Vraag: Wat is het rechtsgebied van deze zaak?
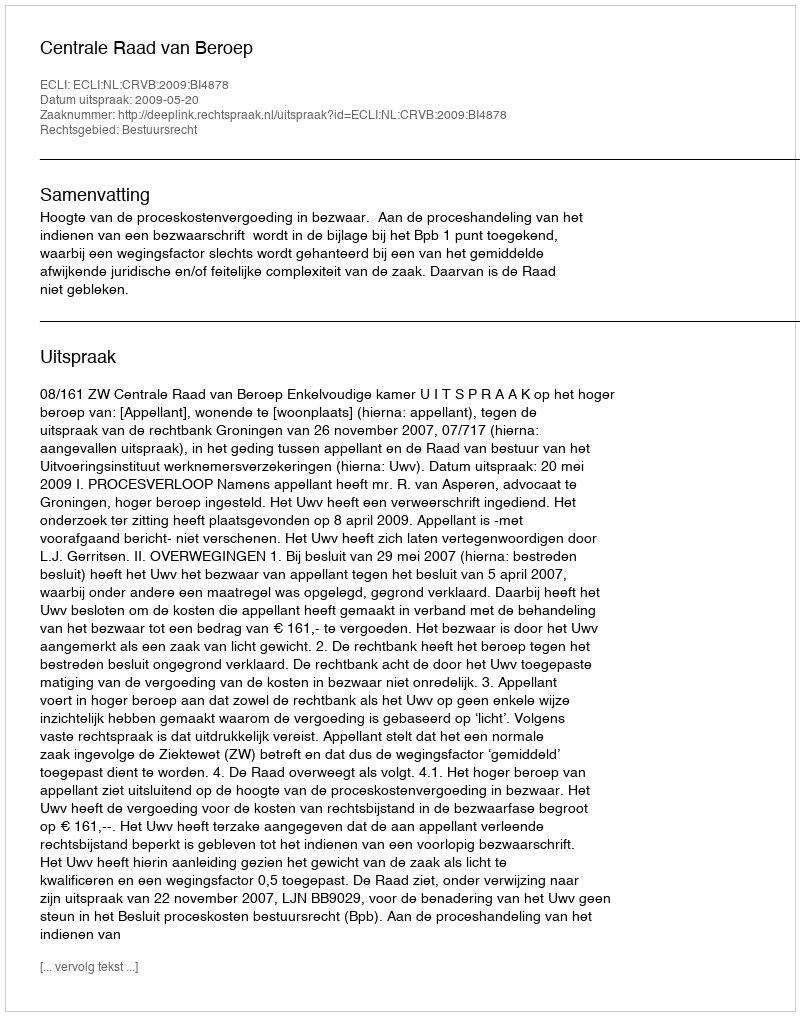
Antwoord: Bestuursrecht